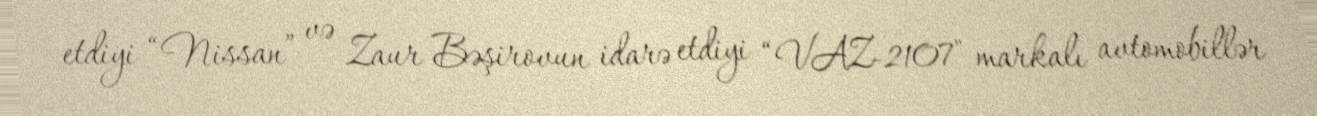
etdiyi “Nissan” və Zaur Bəşirovun idarə etdiyi “VAZ-2107" markalı avtomobillər